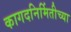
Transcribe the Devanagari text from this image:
कागदनिर्मितीच्या